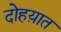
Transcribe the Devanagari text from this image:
दोहय़ात